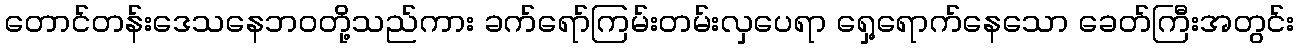
တောင်တန်းဒေသနေဘဝတို့သည်ကား ခက်ရော်ကြမ်းတမ်းလှပေရာ ရှေ့ရောက်နေသော ခေတ်ကြီးအတွင်း